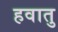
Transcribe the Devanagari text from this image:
हवातु